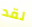
لقد